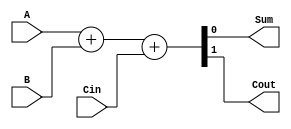
module FullAdder (
    input A,
    input B,
    input Cin,
    output Sum,
    output Cout
);

assign {Cout, Sum} = A + B + Cin;

endmodule

module CarryRippleAdder (
    input [3:0] A,
    input [3:0] B,
    input Cin,
    output [3:0] Sum,
    output Cout
);

wire [3:0] carry;
FullAdder FA0 (.A(A[0]), .B(B[0]), .Cin(Cin), .Sum(Sum[0]), .Cout(carry[0]));
FullAdder FA1 (.A(A[1]), .B(B[1]), .Cin(carry[0]), .Sum(Sum[1]), .Cout(carry[1]));
FullAdder FA2 (.A(A[2]), .B(B[2]), .Cin(carry[1]), .Sum(Sum[2]), .Cout(carry[2]));
FullAdder FA3 (.A(A[3]), .B(B[3]), .Cin(carry[2]), .Sum(Sum[3]), .Cout(Cout));

endmodule